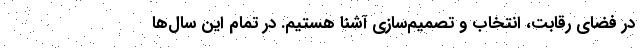
در فضای رقابت، انتخاب و تصمیم‌سازی آشنا هستیم. در تمام این سال‌ها